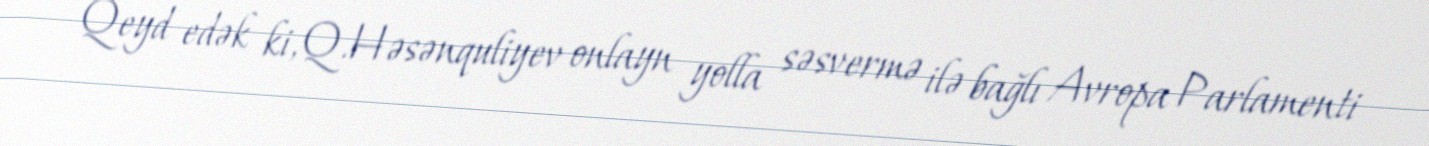
Qeyd edək ki, Q.Həsənquliyev onlayn yolla səsvermə ilə bağlı Avropa Parlamenti